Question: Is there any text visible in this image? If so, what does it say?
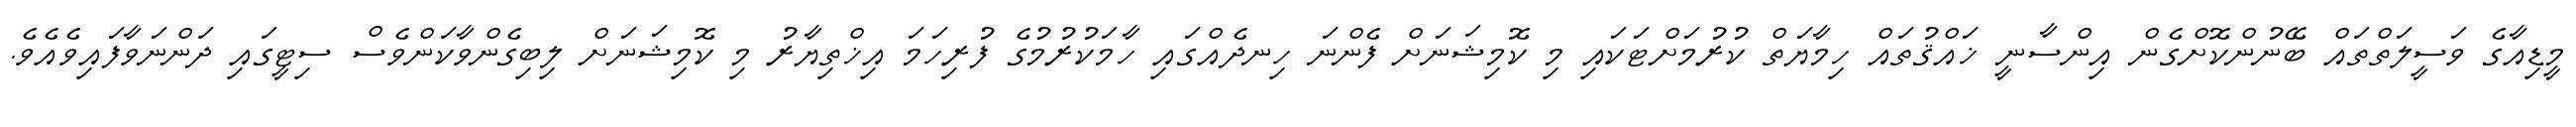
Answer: މީޑިއާގެ ވަސީލަތްތައް ބޭނުންކޮށްގެން އިންސާނީ ޚައްޤުތައް ހިމާޔަތް ކުރުމަށްޓަކައި މި ކޮމިޝަނަށް ފެންނަ ހިނދެއްގައި ހާމަކުރުމުގެ ފުރިހަމަ އިޚްތިޔާރު މި ކޮމިޝަނަށް ލިބިގެންވާކަންވެސް ސިޓީގައި ދަންނަވާފައިވެއެވެ.